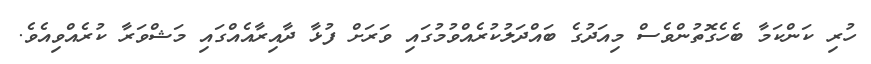
ހުރި ކަންކަމާ ބެހެގޮތުންވެސް މިއަދުގެ ބައްދަލުކުރެއްވުމުގައި ވަރަށް ފުޅާ ދާއިރާއެއްގައި މަޝްވަރާ ކުރެއްވިއެވެ.